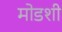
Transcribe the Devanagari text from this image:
मोडशी